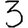
Digit: 3